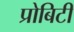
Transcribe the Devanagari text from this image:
प्रोबिटी